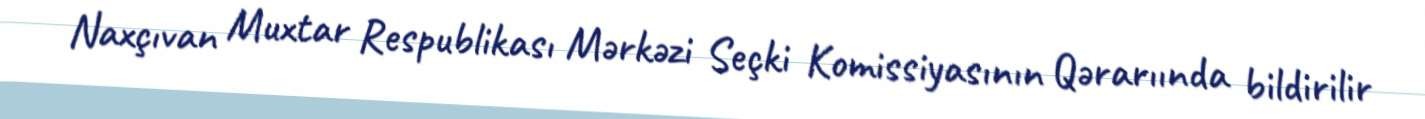
Naxçıvan Muxtar Respublikası Mərkəzi Seçki Komissiyasının Qərarıında bildirilir